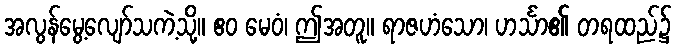
အလွန်မွေ့လျော်သကဲ့သို့။ ဧဝ မေဝံ၊ ဤအတူ။ ရာဇဟံသော၊ ဟင်္သာ၏ တရထည်၌